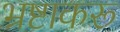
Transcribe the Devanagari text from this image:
भ्रष्टाकरू